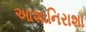
આશાનિરાશા